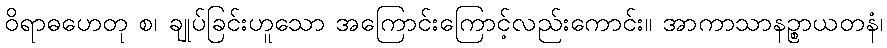
ဝိရာဓဟေတု စ၊ ချုပ်ခြင်းဟူသော အကြောင်းကြောင့်လည်းကောင်း။ အာကာသာနဉ္စာယတနံ၊